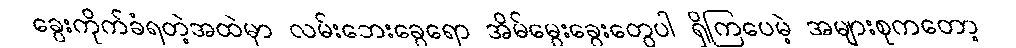
ခွေးကိုက်ခံရတဲ့အထဲမှာ လမ်းဘေးခွေရော အိမ်မွေးခွေးတွေပါ ရှိကြပေမဲ့ အများစုကတော့